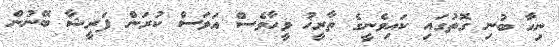
ނިހާ ބުނި ގޮތުގައި ކައިވެނީގެ ތާރީޚު ވީހާވެސް އަވަސް ކުރަން ފަރީޝާ ބޭނުން